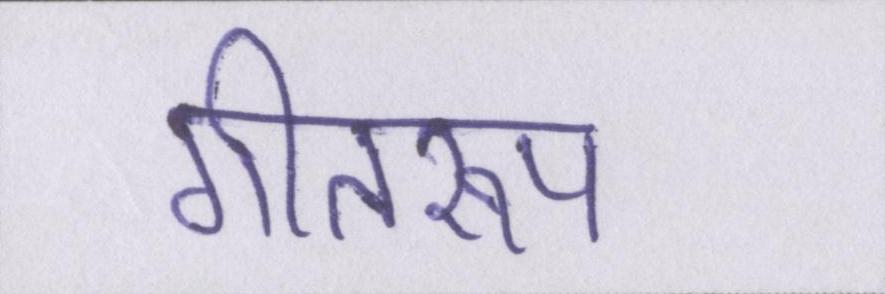
गीतरूप